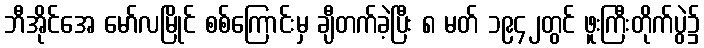
ဘီအိုင်အေ မော်လမြိုင် စစ်ကြောင်းမှ ချီတက်ခဲ့ပြီး ၈ မတ် ၁၉၄၂တွင် ဖူးကြီးတိုက်ပွဲ၌